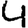
Digit: 4